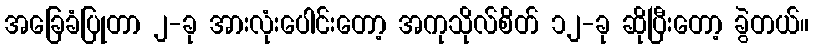
အခြေခံပြုတာ ၂-ခု အားလုံးပေါင်းတော့ အကုသိုလ်စိတ် ၁၂-ခု ဆိုပြီးတော့ ခွဲတယ်။